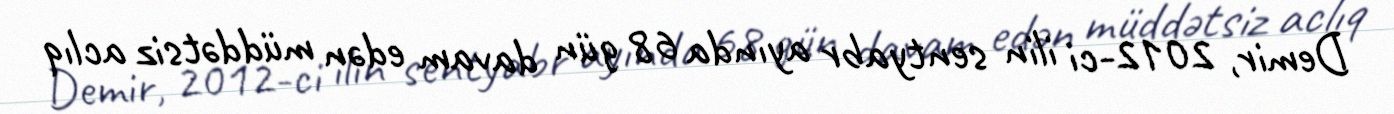
Demir, 2012-ci ilin sentyabr ayında 68 gün davam edən müddətsiz aclıq